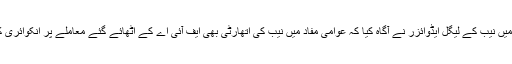
جسکے جواب میں نیب کے لیگل ایڈوائزر نے آگاہ کیا کہ عوامی مفاد میں نیب کی اتھارٹی بھی ایف آئی اے کے اٹھائے گئے معاملے پر انکوائری کر سیکتی ہے ۔